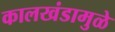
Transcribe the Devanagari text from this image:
कालखंडामुळे